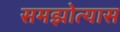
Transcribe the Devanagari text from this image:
समझोत्यास